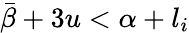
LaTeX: \bar{\beta}+3u<\alpha+l_{i}